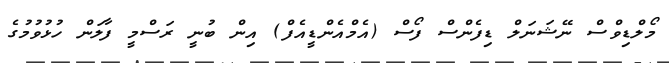
މޯލްޑިވްސް ނޭޝަނަލް ޑިފެންސް ފޯސް (އެމްއެންޑީއެފް) އިން ބުނީ ރަސްމީ ފާލަން ހުޅުވުމުގެ